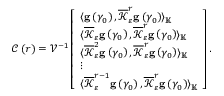
\begin{array} { r } { \mathcal { C } \left( r \right) = \mathcal { V } ^ { - 1 } \left[ \begin{array} { l } { \langle \mathbf { g } \left( \gamma _ { 0 } \right) , \overline { { \mathcal { K } } } _ { \varepsilon } ^ { r } \mathbf { g } \left( \gamma _ { 0 } \right) \rangle _ { \mathbb { K } } } \\ { \langle \overline { { \mathcal { K } } } _ { \varepsilon } \mathbf { g } \left( \gamma _ { 0 } \right) , \overline { { \mathcal { K } } } _ { \varepsilon } ^ { r } \mathbf { g } \left( \gamma _ { 0 } \right) \rangle _ { \mathbb { K } } } \\ { \langle \overline { { \mathcal { K } } } _ { \varepsilon } ^ { 2 } \mathbf { g } \left( \gamma _ { 0 } \right) , \overline { { \mathcal { K } } } _ { \varepsilon } ^ { r } \mathbf { g } \left( \gamma _ { 0 } \right) \rangle _ { \mathbb { K } } } \\ { \vdots } \\ { \langle \overline { { \mathcal { K } } } _ { \varepsilon } ^ { r - 1 } \mathbf { g } \left( \gamma _ { 0 } \right) , \overline { { \mathcal { K } } } _ { \varepsilon } ^ { r } \mathbf { g } \left( \gamma _ { 0 } \right) \rangle _ { \mathbb { K } } } \end{array} \right] . } \end{array}